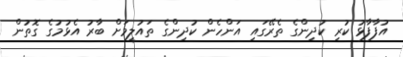
އުފާފާޅު ކުރި ކުދިންގެ ތެރޭގައި އަންހެން ކުދިންގެ ތައުލީމަށް ބާރު އެޅުމުގެ ގޮތުން